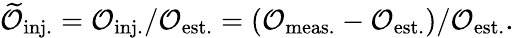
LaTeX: \mathcal{\widetilde{O}}_{\mathrm{inj.}}=\mathcal{O}_{\mathrm{inj.}}/\mathcal{O}_{\mathrm{est.}}=(\mathcal{O}_{\mathrm{meas.}}-\mathcal{O}_{\mathrm{est.}})/\mathcal{O}_{\mathrm{est.}}.